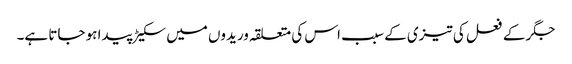
جگر کے فعل کی تیزی کے سبب اس کی متعلقہ وریدوں میں سکیڑ پیدا ہو جاتا ہے۔